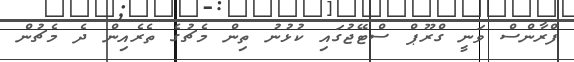
ފްރާންސް ވަނީ ގްރޫޕް ސްޓޭޖުގައި ކުޅުނު ތިން މެޗުގެ ތެރެއިން ދެ މެޗުން